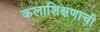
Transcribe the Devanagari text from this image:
कलाशिक्षणाची